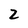
Character: 2